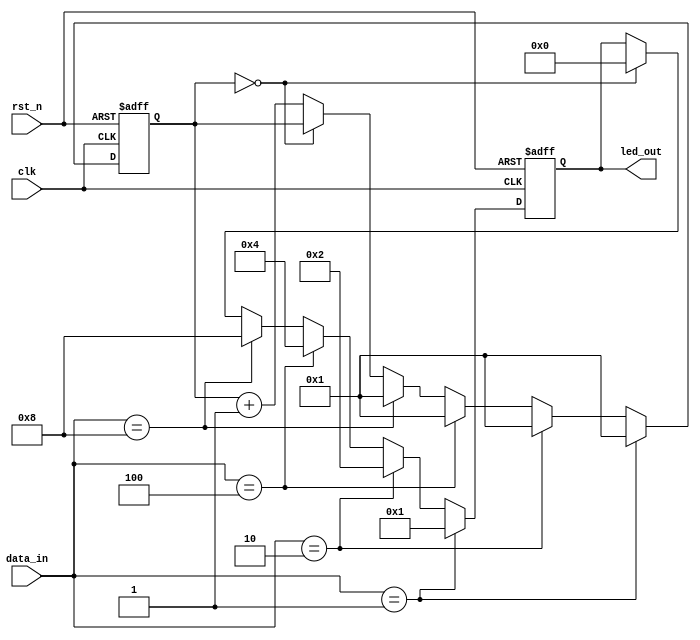
`timescale  1ns/1ns

module  led
(
    input            clk  ,
    input            rst_n,
    input   [3:0]    data_in  ,   //

    output  reg [3:0]    led_out     //led
);

//********************************************************************//
//***************************** Main Code ****************************//
//********************************************************************//
reg [19:0] cnt;

always@(posedge clk or negedge rst_n) begin
	if(rst_n == 1'b0) begin
        led_out <= 0; 
        cnt     <= 0;
	end else
    if(data_in == 4'b0001) begin
		led_out <= 4'b0001;
        cnt <= 1;
	end else if(data_in == 4'b0010) begin
		led_out <= 4'b0010;
        cnt <= 1;
	end else if(data_in == 4'b0100) begin
		led_out <= 4'b0100;
        cnt <= 1;
	end else if(data_in == 4'b1000) begin
		led_out <= 4'b1000;
        cnt <= 1;
	end else begin
        cnt <= (cnt == 0)? cnt : cnt + 1;
        led_out <= (cnt==0)? 4'b0000:led_out;
    end
    
end

endmodule